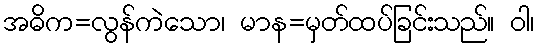
အဓိက=လွန်ကဲသော၊ မာန=မှတ်ထပ်ခြင်းသည်။ ဝါ၊